Report on the lunatic asylums in Bengal - 1862-
Year: 1862
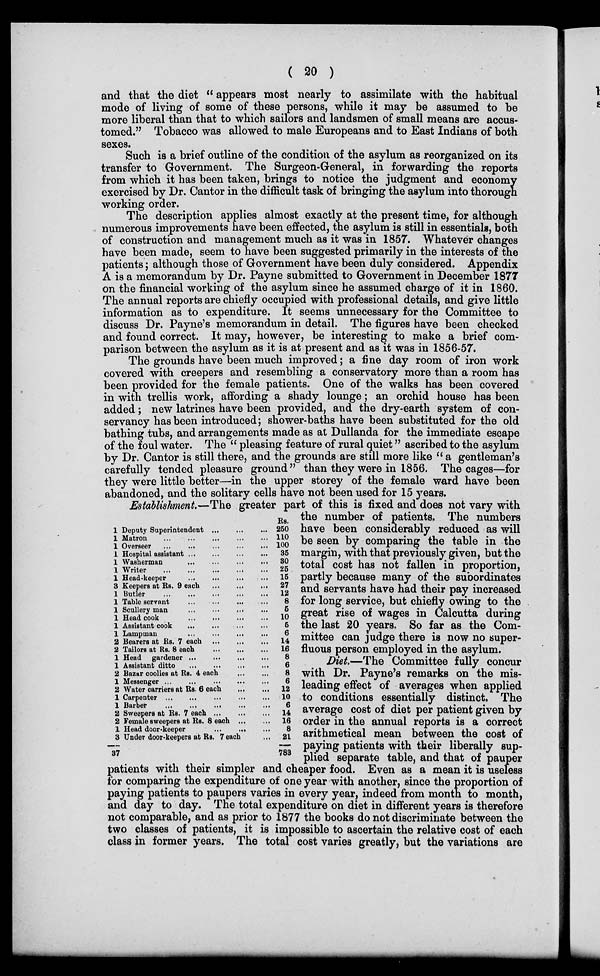
( 20 )
and that the diet " appears most nearly to assimilate with the habitual
mode of living of some of these persons, while it may be assumed to be
more liberal than that to which sailors and landsmen of small means are accus-
tomed." Tobacco was allowed to male Europeans and to East Indians of both
sexes.
Such is a brief outline of the condition of the asylum as reorganized on its
transfer to Government. The Surgeon-General, in forwarding the reports
from which it has been taken, brings to notice the judgment and economy
exercised by Dr. Cantor in the difficult task of bringing the asylum into thorough
working order.
The description applies almost exactly at the present time, for although
numerous improvements have been effected, the asylum is still in essentials, both
of construction and management much as it was in 1857. Whatever changes
have been made, seem to have been suggested primarily in the interests of the
patients; although those of Government have been duly considered. Appendix
A is a memorandum by Dr. Payne submitted to Government in December 1877
on the financial working of the asylum since he assumed charge of it in 1860.
The annual reports are chiefly occupied with professional details, and give little
information as to expenditure. It seems unnecessary for the Committee to
discuss Dr. Payne's memorandum in detail. The figures have been checked
and found correct. It may, however, be interesting to make a brief com-
parison between the asylum as it is at present and as it was in 1856-57.
The grounds have been much improved; a fine day room of iron work
covered with creepers and resembling a conservatory more than a room has
been provided for the female patients. One of the walks has been covered
in with trellis work, affording a shady lounge; an orchid house has been
added; new latrines have been provided, and the dry-earth system of con-
servancy has been introduced; shower-baths have been substituted for the old
bathing tubs, and arrangements made as at Dullanda for the immediate escape
of the foul water. The " pleasing feature of rural quiet" ascribed to the asylum
by Dr. Cantor is still there, and the grounds are still more like " a gentleman's
carefully tended pleasure ground" than they were in 1856. The cages—for
they were little better—in the upper storey of the female ward have been
abandoned, and the solitary cells have not been used for 15 years.
1
1
1
1
1
1
1
3
1
1
1
1
1
1
2
2
1
1
2
1
2
1
1
2
2
1
3
37
Deputy Superintendent
...
...
...
Matron
...
...
...
...
...
Overseer
...
...
...
...
...
Hospital assistant
...
...
...
...
Washerman
...
...
...
...
...
Writer
...
...
...
...
...
Head-keeper
...
...
...
Keepers at Rs. 9 each
...
...
...
Butler
...
...
...
...
...
Table servant
...
...
...
...
Scullery man
...
...
...
...
Head cook
...
...
...
...
Assistant cook
...
...
...
...
Lampman
...
...
...
...
Bearers at Rs. 7 each
...
...
...
Tailors at Rs. 8 each ... ... ...
Head gardener
...
...
...
...
Assistant ditto
...
...
...
...
Bazar coolies at Rs. 4 each
...
...
Messenger
...
...
...
...
...
Water carriers at Rs. 6 each
...
...
Carpenter
...
...
...
...
...
Barber
...
...
...
...
...
Sweepers at Rs. 7 each
...
...
...
Female sweepers at Rs. 8 each
...
...
Head door-keeper
...
...
...
Under door-keepers at Rs. 7 each ...
Rs.
250
110
100
35
30
25
15
27
12
8
5
10
5
6
14
16
8
6
8
6
12
10
6
14
16
8
21
783
Establishment.—The greater part of this is fixed and does not vary with
the number of patients. The numbers
have been considerably reduced as will
be seen by comparing the table in the
margin, with that previously given, but the
total cost has not fallen in proportion,
partly because many of the subordinates
and servants have had their pay increased
for long service, but chiefly owing to the .
great rise of wages in Calcutta during
the last 20 years. So far as the Com-
mittee can judge there is now no super-
fluous person employed in the asylum.
Diet.—-The Committee fully concur
with Dr. Payne's remarks on the mis-
leading effect of averages when applied
to conditions essentially distinct. The
average cost of diet per patient given by
order in the annual reports is a correct
arithmetical mean between the cost of
paying patients with their liberally sup-
plied separate table, and that of pauper
patients with their simpler and cheaper food. Even as a mean it is useless
for comparing the expenditure of one year with another, since the proportion of
paying patients to paupers varies in every year, indeed from month to month,
and day to day. The total expenditure on diet in different years is therefore
not comparable, and as prior to 1877 the books do not discriminate between the
two classes of patients, it is impossible to ascertain the relative cost of each
class in former years. The total cost varies greatly, but the variations are